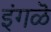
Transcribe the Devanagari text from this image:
इंगळॆ